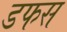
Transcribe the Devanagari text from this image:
डफस